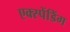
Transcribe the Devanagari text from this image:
एक्स्पेंडिंग